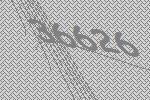
36626